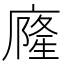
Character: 𭙹